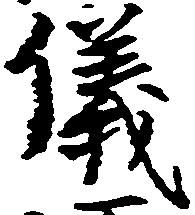
儀